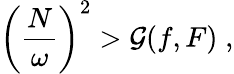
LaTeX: \left(\frac{N}{\omega}\right)^{2}>\mathcal{G}(f,F)\; ,